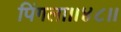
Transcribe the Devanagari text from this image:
पिंगला।।४८।।